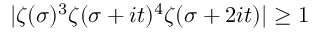
| \zeta ( \sigma ) ^ { 3 } \zeta ( \sigma + i t ) ^ { 4 } \zeta ( \sigma + 2 i t ) | \geq 1